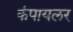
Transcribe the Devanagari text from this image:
कंपायलर